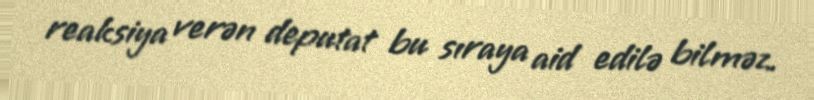
reaksiya verən deputat bu sıraya aid edilə bilməz.